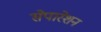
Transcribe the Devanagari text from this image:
सेपारेशन